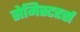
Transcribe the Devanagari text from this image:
सेमिस्टरर्स